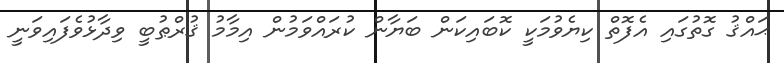
ޙައްޤު ގޮތުގައި އެފޮތް ކިޔެވުމަކީ ކޮބައިކަން ބަޔާން ކުރައްވަމުން އިމާމު ޤުރްޠުބީ ވިދާޅުވެފައިވަނީ